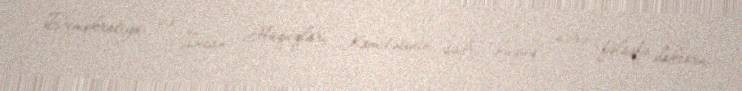
Demokratiya və İnsan Hüquqları Komitəsinin sədri, hüquq üzrə fəlsəfə doktoru